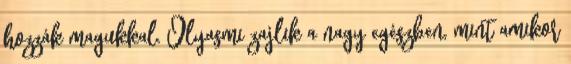
hozzák magukkal. Olyasmi zajlik a nagy egészben, mint amikor